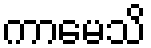
ကာမေသိ